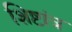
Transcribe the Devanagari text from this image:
शिष्टांत्र